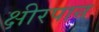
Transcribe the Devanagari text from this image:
क्षीरपान